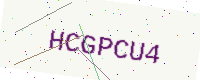
Text: HCGPCU4